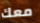
معك